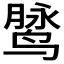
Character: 𱊓